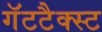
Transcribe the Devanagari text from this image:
गॅटटैक्स्ट